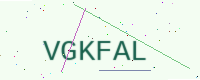
Text: VGKFAL